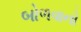
બોળવાનો